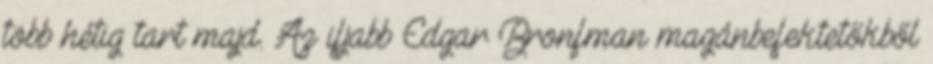
több hétig tart majd. Az ifjabb Edgar Bronfman magánbefektetőkből